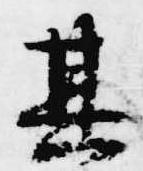
其